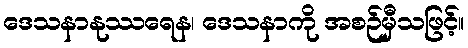
ဒေသနာနုဿရေန၊ ဒေသနာကို အစဉ်မှီသဖြင့်။